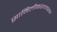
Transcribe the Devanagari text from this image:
सामिलीकरणावरून